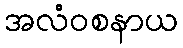
အလံဝစနာယ